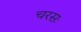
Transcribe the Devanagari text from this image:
चरसः